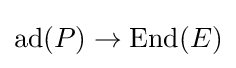
\operatorname {ad} (P)\to \operatorname {End} (E)